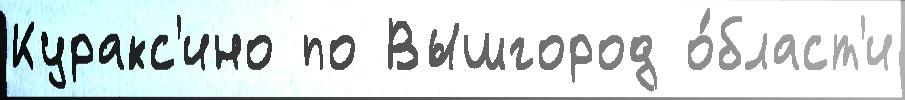
Куракс'ино по Вышгород о́бласт'и